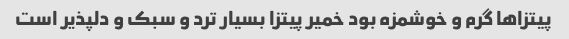
پیتزاها گرم و خوشمزه بود خمیر پیتزا بسیار ترد و سبک و دلپذیر است